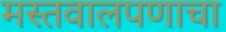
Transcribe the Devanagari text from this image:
मस्तवालपणाचा